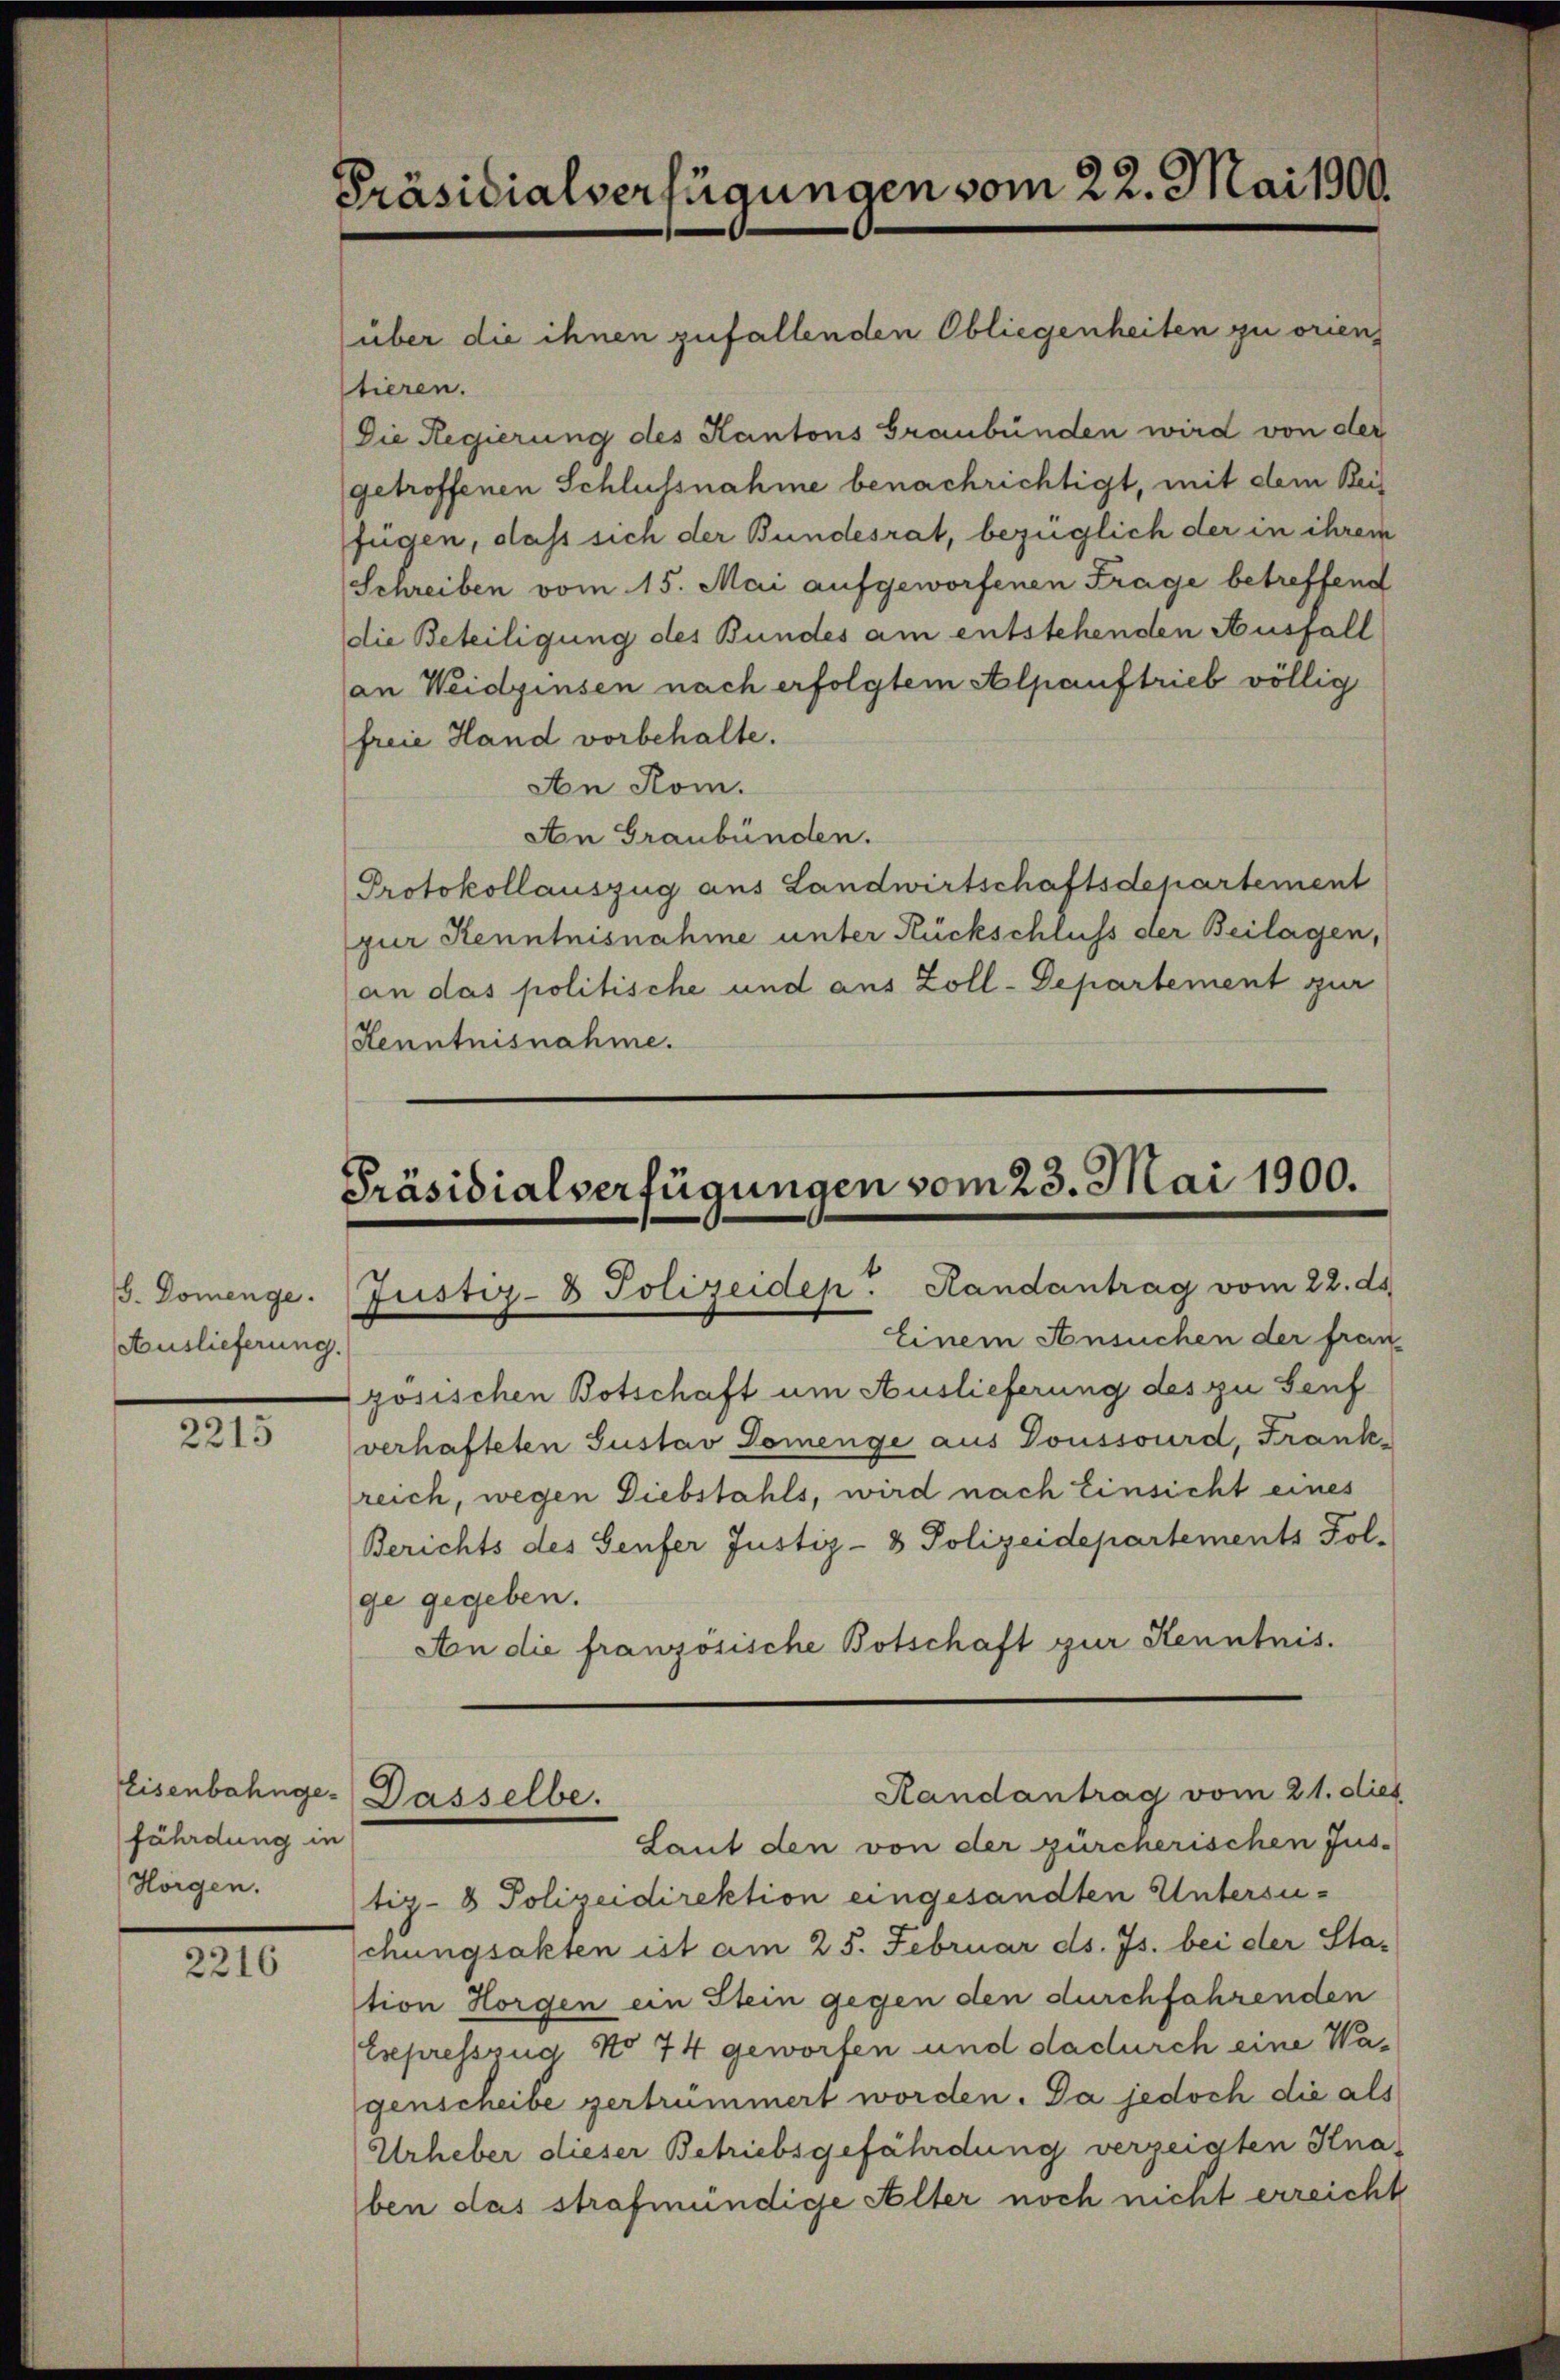
S. Domenge.
Auslieferung.

2215

2216

Präsidialverfügungen vom 22. Mai 1900.

fährdung in
Horgen.

über die ihnen zufallenden Obliegenheiten zu orien,
stieren.
Die Regierung des Kantons Graubünden wird von der
getroffenen Schlussnahme benachrichtigt, mit dem Beifügen, dass sich der Bundesrat, bezüglich der in ihrem
Schreiben vom 15. Mai aufgeworfenen Frage betreffend
die Beteiligung des Bundes am entstehenden Ausfall
an Weidzinsen nach erfolgtem Alpauftrieb völlig
freie Hand vorbehalte.
An Rom.
An Graubünden.
Protokollauszug aus Landwirtschaftsdepartement
zur Kenntnisnahme unter Rückschluss der Beilagen,
an das politische und aus Zoll-Departement zur
Kenntnisnahme.

Präsidialverfügungen vom 23. Mai 1900.
Justiz- & Polizeidep. Handantrag vom 22. ds.

Einem Ansuchen der fran-
gosischen Botschaft um Auslieferung des zu Genf
verhafteten Gustav Domenge aus Doussourd, Frank
reich, wegen Diebstahls, wird nach Einsicht eines
Berichts des Senfer Justiz- & Polizeidepartements Fol-
ge gegeben.
An die französische Botschaft zur Kenntnis.
Handantrag vom 21. dies
Eisenbahnge- Dasselbe.
Laut den von der zürcherischen Jus-
tiz- & Polizeidirektion eingesandten Untersuchungsakten ist am 25. Februar ds. Js. bei der Sta-
tion Horgen ein Stein gegen den durchfahrenden
Expresszug No 74 geworfen und dadurch eine Wagenscheibe vertrümmert worden. Da jedoch die als
Urheber dieser Betriebsgefährdung verzeigten Knaben das strafmündige Alter noch nicht erreicht